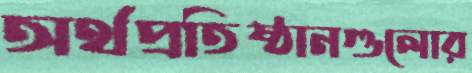
অর্থপ্রতিষ্ঠানগুলোর